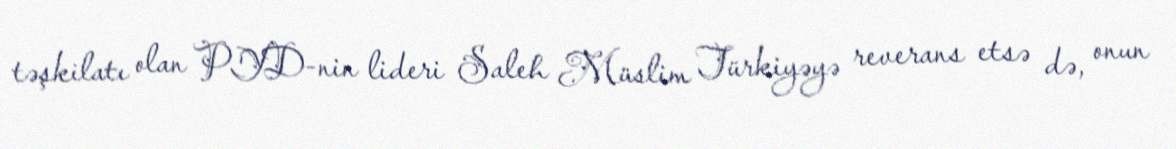
təşkilatı olan PYD-nin lideri Saleh Müslim Türkiyəyə reverans etsə də, onun